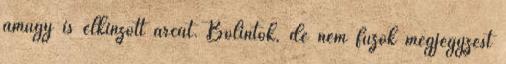
amúgy is elkínzott arcát. Bólintok, de nem fűzök megjegyzést